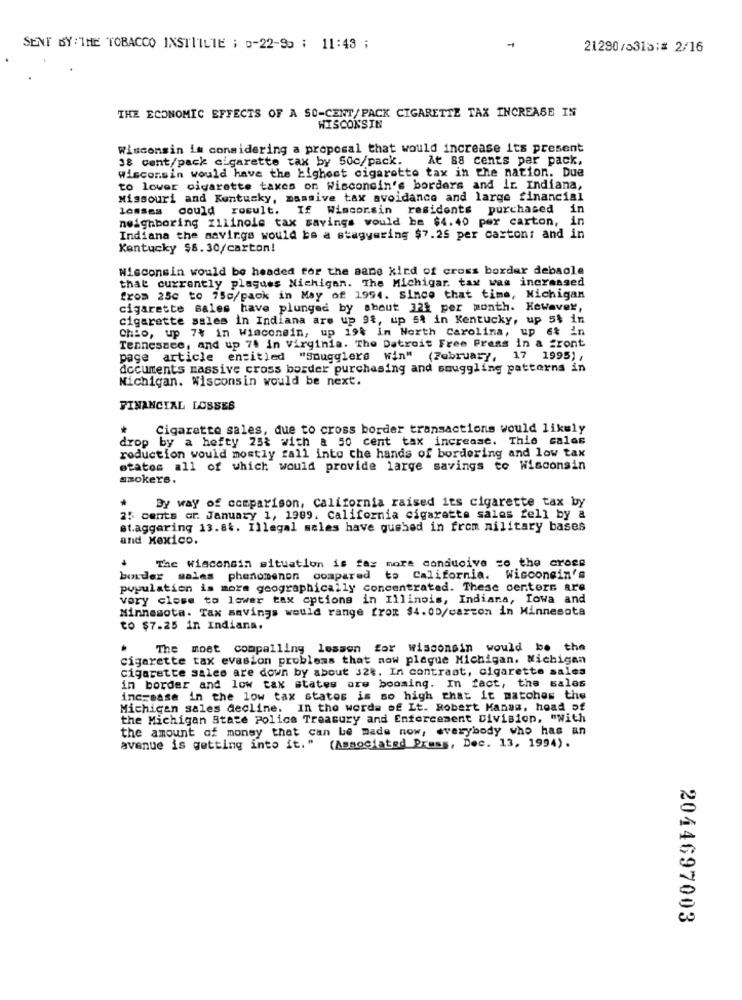
SENT BY: THE TOBACCO INSTTILTE ; p-22-95 ; 11:43 ;
21290/5313:# 2/16
THE ECONOMIC EFFECTS OF A SO-CENT/PACK CIGARETTE TAX INCREASE IN
WISCONSIN
Wisconsin is considering a proposal that would increase its present
38 cent/pack cigarette tax by 50c/pack.
At 88 cents par pack.
Wisconsin would have the highest cigaretto tax in the nation. Due
to lower cigarette taxes on Wisconsin's borders and ir Indiana,
Missouri and Kentucky, massive tax avoidance and large financial
losses could result. If Wincorsin residents purchased
in
neighboring zilinole tax savings would be $4.40 per carton, i
Indiana the savings would be a stagyaring $7.25 per carton: and in
Kentucky $8.30/carton!
Wisconsin would be headed for the same kind of cross border debaole
that currently plaques Michigan. The Michigar. tax was increased
from 25c to 75c/pack in May of 1994. Since that time, Michigan
cigarette sales have plunged by about 32% per month. However,
cigarette sales in Indiana are up 94, up st in Kentucky, up 5$ in
Chio, up 7$ in wisconsin, up 19% in North Carolina, up et in
Tennessee, and up 74 in Virginia. The Detroit Free Press in a front
page article entitled "Smugglers win" (February, 17 1995) ,
documents massive cross border purchasing and smuggling patterns in
Michigan. Wisconsin would be next.
FINANCIAL LOSSES
*
Cigarette sales, due to cross border transactions would likely
drop by a hefty 25t with a 50 cent tax increase. This cales
roduction would mostly fall into the hands of bordering and low tax
states all of which would provide large savings to Wisconsin
smokers.
By way of comparison, California raised its cigarette tax by
25 cents or. January 1, 1989. California cigarette sales fell by a
staggaring 13.84. Illegal sales have gushed in from military bases
and Mexico.
The Wisconsin situation is far more conducive zo the cross
border sales phenomenon compared to California. Wisconsin's
population is more geographically concentrated. These centers are
very close to lower tax options in Illinois, Indiana, Iowa and
Minnesota. Tax savings would range from $4.00/carton in Minnesota
to $7.25 in Indiana.
The moet compalling lossen for wisconsin would be the
cigarette tax evasion problems that now plague Michigan. Michigan
cigarette sales are down by about 328. In contrast, cigarette sales
in border and low tax states are booming. In fact, the sales
increase in the low tax states is so high that it matches the
Michigan sales decline. In the words of Lt. Robert Manam, head of
the Michigan State Police Treasury and Enforcement Division, "with
the amount of money that can be made now, everybody who has an
avenue is getting into it." (Associated Press, Dec. 13, 1994).
2044697003